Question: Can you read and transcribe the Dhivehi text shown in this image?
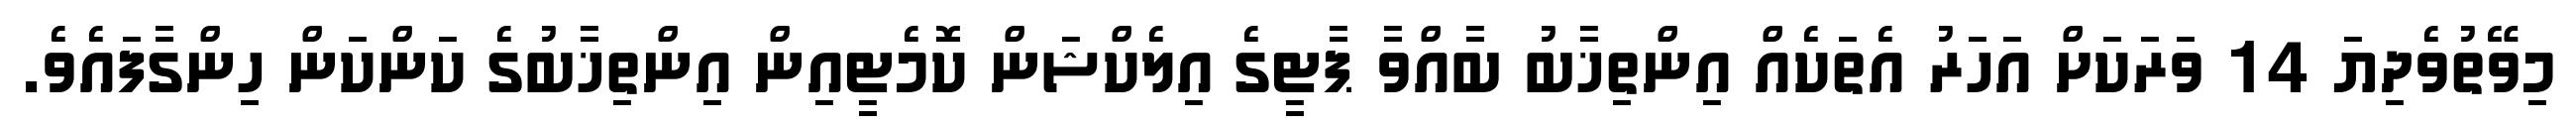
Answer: މިވޭތުވެދިޔަ 14 ވަރަކަށް އަހަރު އެތަކެއް އިންތިޚާބު ބާއްވާ ޕާޓީގެ އިލެކްޝަން ކޮމެޓީއިން އިންތިޚާބުގެ ކަންކަން ހިންގާފައެވެ.